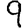
Digit: 9